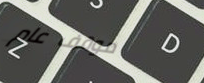
موقف عام